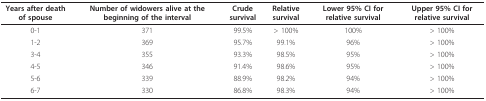
<table><thead><tr><td><b>Years after death of spouse</b></td><td><b>Number of widowers alive at the beginning of the interval</b></td><td><b>Crude survival</b></td><td><b>Relative survival</b></td><td><b>Lower 95% CI for relative survival</b></td><td><b>Upper 95% CI for relative survival</b></td></tr></thead><tbody><tr><td>0-1</td><td>371</td><td>99.5%</td><td>&gt; 100%</td><td>100%</td><td>&gt; 100%</td></tr><tr><td>1-2</td><td>369</td><td>95.7%</td><td>99.1%</td><td>96%</td><td>&gt; 100%</td></tr><tr><td>3-4</td><td>355</td><td>93.3%</td><td>98.5%</td><td>95%</td><td>&gt; 100%</td></tr><tr><td>4-5</td><td>346</td><td>91.4%</td><td>98.6%</td><td>95%</td><td>&gt; 100%</td></tr><tr><td>5-6</td><td>339</td><td>88.9%</td><td>98.2%</td><td>94%</td><td>&gt; 100%</td></tr><tr><td>6-7</td><td>330</td><td>86.8%</td><td>98.3%</td><td>94%</td><td>&gt; 100%</td></tr></tbody></table>